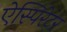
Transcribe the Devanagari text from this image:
ऐस्पिरेटर